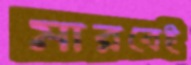
মারবেই